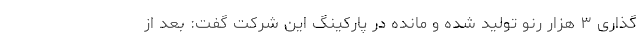
گذاری ۳ هزار رنو تولید شده و مانده در پارکینگ این شرکت گفت: بعد از‌